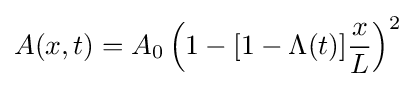
A(x,t)=A_{0}\left(1-[1-{\Lambda }(t)]{x \over {L}}\right)^{2}